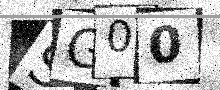
Text: SG00